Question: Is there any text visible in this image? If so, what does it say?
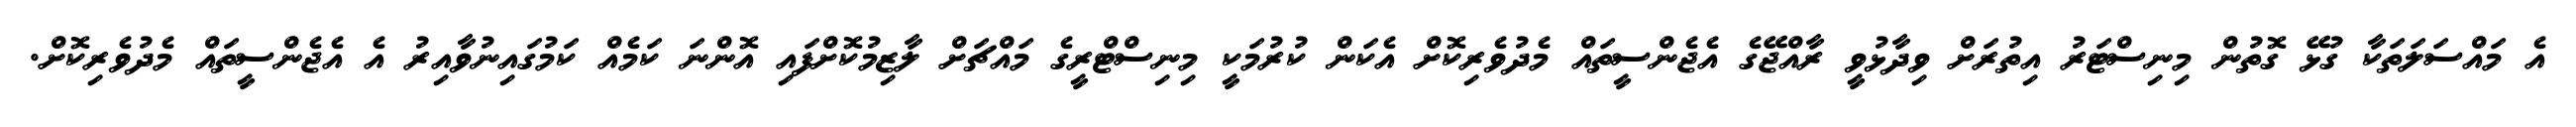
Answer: އެ މައްސަލަތަކާ ގުޅޭ ގޮތުން މިނިސްޓަރު އިތުރަށް ވިދާޅުވީ ރާއްޖޭގެ އެޖެންސީތައް މެދުވެރިކޮށް އެކަން ކުރުމަކީ މިނިސްޓްރީގެ މައްޗަށް ލާޒިމުކޮށްފައި އޮންނަ ކަމެއް ކަމުގައިނުވާއިރު އެ އެޖެންސީތައް މެދުވެރިކޮށް.